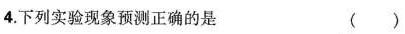
4.下列实验现象预测正确的是 ()